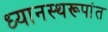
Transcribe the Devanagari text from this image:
ध्यानस्थरूपांत